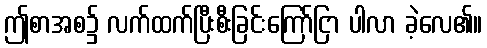
ဤစာအစ၌ လက်ထက်ပြီးစီးခြင်းကြော်ငြာ ပါလာ ခဲ့လေ၏။